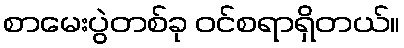
စာမေးပွဲတစ်ခု ဝင်စရာရှိတယ်။